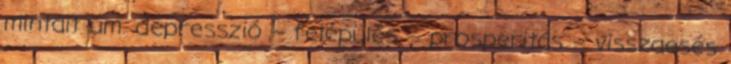
mintáit úm. depresszió – felépülés – prosperitás – visszaesés